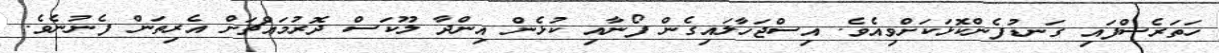
ހަތަރެސްފައި ގަނޑުފެންކޮޅަކަށްވިއެވެ. އިސްޖަހާލައިގެން ފޯނާއި ކުޅެން އިންދާ ލޫކަސް ދޮރުމައްޗަށް އެރިތަން ފެނުނެވެ.